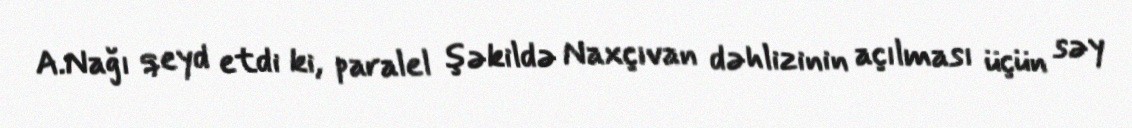
A.Nağı qeyd etdi ki, paralel şəkildə Naxçıvan dəhlizinin açılması üçün səy